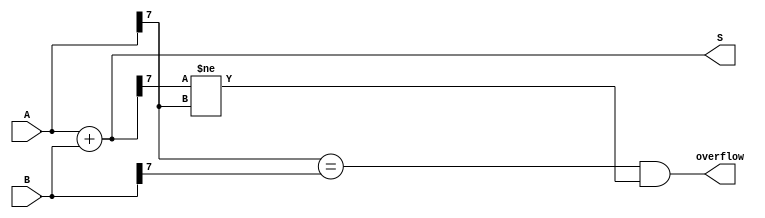
module Parametrized_Adder #(parameter N = 8) (
    input  [N-1:0] A,   // First operand
    input  [N-1:0] B,   // Second operand
    output [N-1:0] S,   // Sum output
    output         overflow // Overflow flag
);

// Behaviorally compute the sum
assign S = A + B;

// Compute overflow
assign overflow = (A[N-1] == B[N-1]) && (S[N-1] != A[N-1]);

endmodule